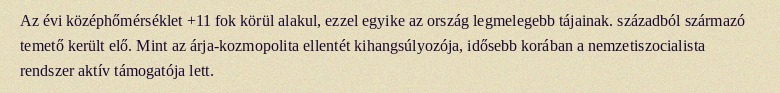
Az évi középhőmérséklet +11 fok körül alakul, ezzel egyike az ország legmelegebb tájainak. századból származó temető került elő. Mint az árja-kozmopolita ellentét kihangsúlyozója, idősebb korában a nemzetiszocialista rendszer aktív támogatója lett.